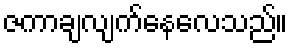
ဇကာချလျက်နေလေသည်။